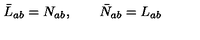
\bar { L } _ { a b } = N _ { a b } , \qquad \bar { N } _ { a b } = L _ { a b }